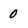
Character: 0